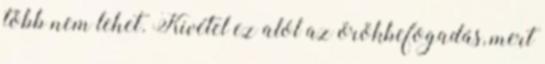
több nem lehet. Kivétel ez alól az örökbefogadás, mert